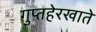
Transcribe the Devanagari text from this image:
गुप्तहेरखाते